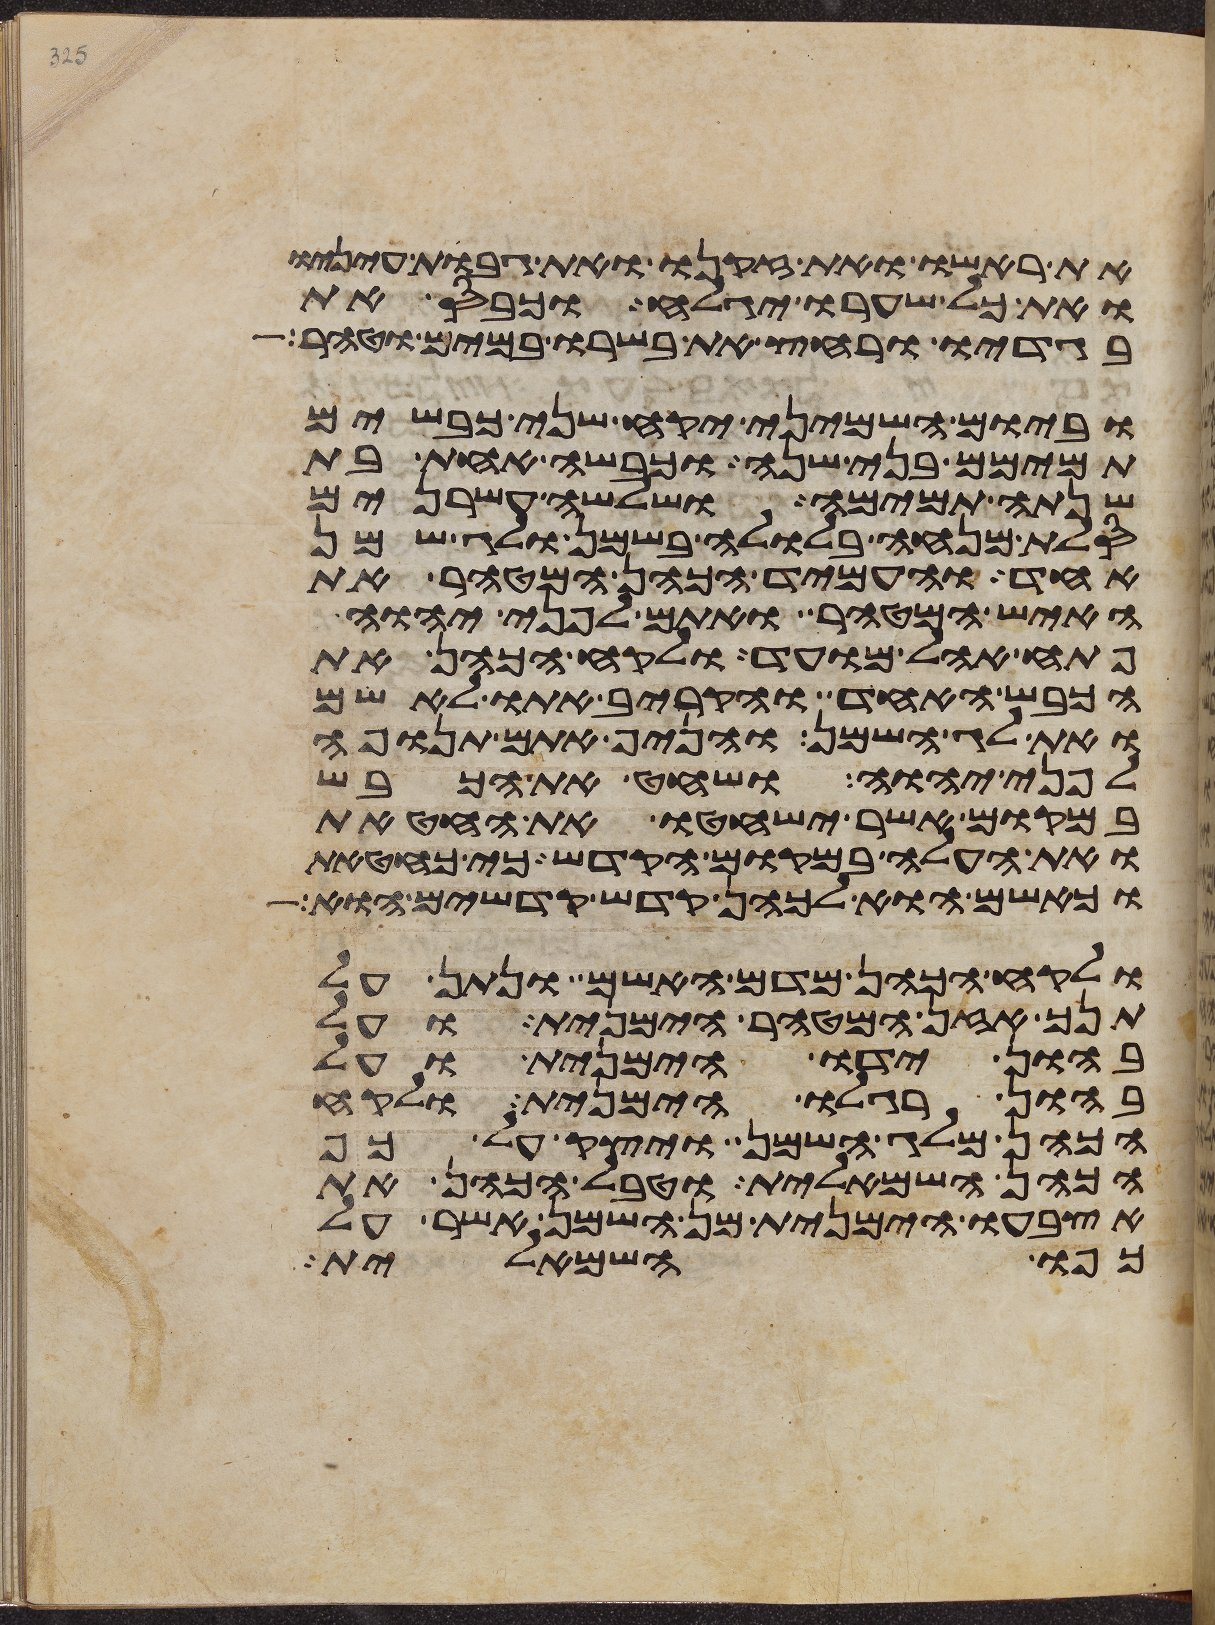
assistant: את ראשו ואת זקנו ואת גבות עיניו
ואת כל שערו יגלח וכבס את
בגדיו ורחץ את בשרו במים וטהר
וביום השמיני יקח שני כבשים
תמימם בני שנה וכבשה אחת בת
שנתה תמימה ושלשה עשרנים
סלת מנחה בלולה בשמן ולג שמן
אחד והעמיד הכהן המטהר את
האיש המטהר ואתם לפני יהוה
פתח אהל מועד ולקח הכהן את
הכבש האחד והקריב אתו לאשם
ואת לג השמן והניף אתם תנופה
לפני יהוה ושחט את הכבש
במקום אשר ישחטו את החטאת
ואת העלה במקום הקדש כי כחטאת
כאשם הוא לכהן קדש קדשים הוא
ולקח הכהן מדם האשם ונתן על
תנך אזן המטהר הימנית ועל
בהון ידו הימנית ועל
בהון רגלו הימנית ולקח
הכהן מלג השמן ויצק על כף
הכהן השמאלית וטבל הכהן את
אצבעו הימנית מן השמן אשר על
כפו השמאלית